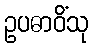
ဥပဓာဝိံသု